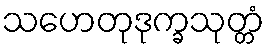
သဟေတုဒုက္ခသုတ္တံ